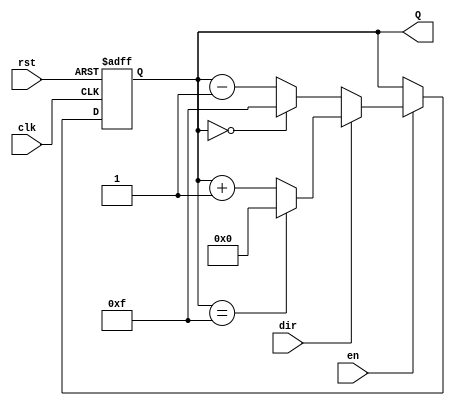
module binary_counter #(
    parameter WIDTH = 4  // Width of the counter (number of bits)
)(
    input wire clk,      // Clock signal
    input wire rst,      // Asynchronous reset
    input wire en,       // Enable signal
    input wire dir,      // Direction: 1 for up, 0 for down
    output reg [WIDTH-1:0] Q  // Counter output
);

    // Asynchronous reset and counting logic
    always @(posedge clk or posedge rst) begin
        if (rst) begin
            Q <= 0;  // Reset the counter to zero
        end else if (en) begin
            if (dir) begin
                // Count up
                Q <= (Q == {WIDTH{1'b1}}) ? 0 : Q + 1;  // Wrap around
            end else begin
                // Count down
                Q <= (Q == 0) ? {WIDTH{1'b1}} : Q - 1;  // Wrap around
            end
        end
    end

endmodule